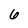
Character: 6